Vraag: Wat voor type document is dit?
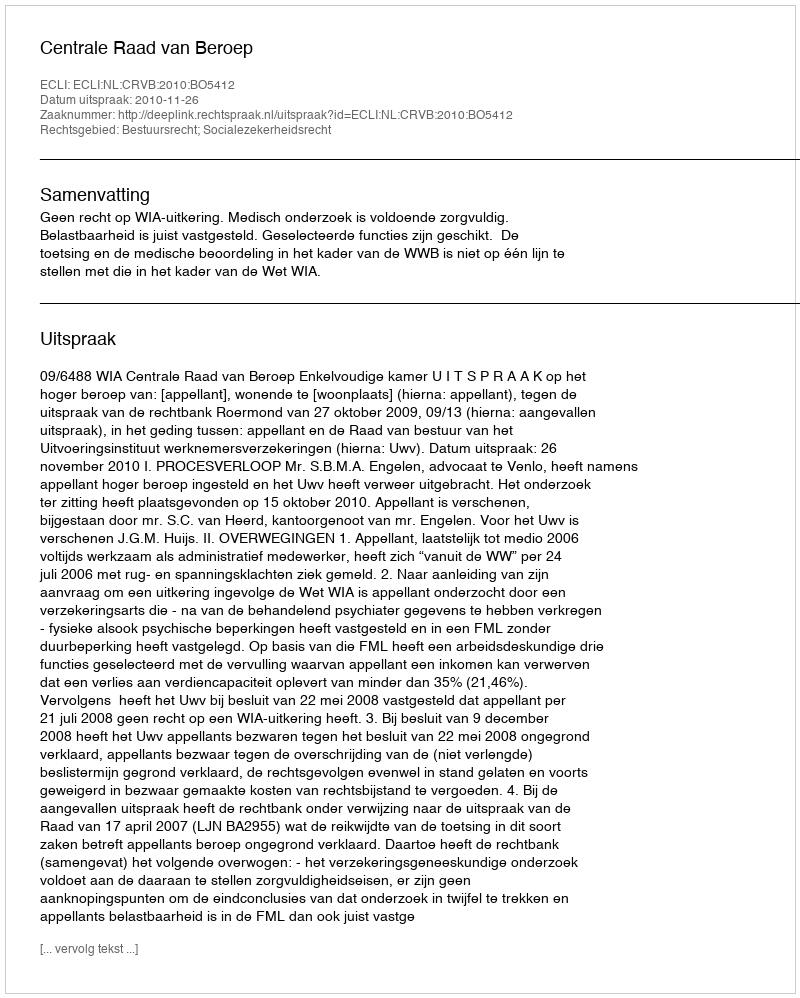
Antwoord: Uitspraak